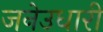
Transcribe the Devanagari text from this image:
जनेउधारी